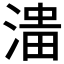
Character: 𱧹